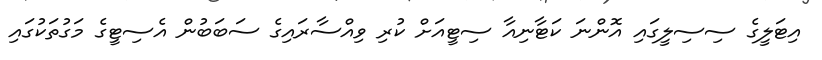
އިޓަލީގެ ސިސިލީގައި އޮންނަ ކަޓާނިއާ ސިޓީއަށް ކުރި ވިއްސާރައިގެ ސަބަބުން އެސިޓީގެ މަގުތަކުގައި